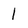
Character: 1